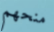
منحهم